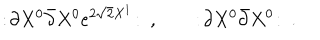
: \! \partial X ^ { 0 } \bar { \partial } X ^ { 0 } e ^ { 2 \sqrt 2 X ^ { 1 } } \! : \ , \qquad : \! \partial X ^ { 0 } \bar { \partial } X ^ { 0 } \! : \ .